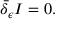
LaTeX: \bar { \delta } _ { \epsilon } I = 0 .